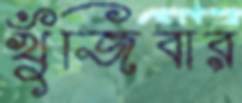
খুঁজিবার